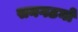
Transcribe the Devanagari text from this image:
सनगठनों